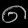
Digit: ၈